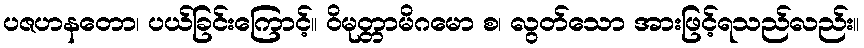
ပဇဟနတော၊ ပယ်ခြင်းကြောင့်။ ဝိမုတ္တာမိဂမော စ၊ လွတ်သော အားဖြင့်ရသည်လည်း။